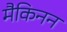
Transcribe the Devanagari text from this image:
मैकिनन